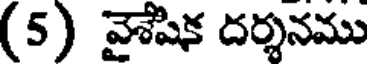
(5) వైశేషిక దర్శనము